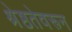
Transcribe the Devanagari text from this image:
श्रेष्ठतेवरून